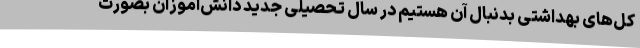
کل‌های بهداشتی بدنبال آن هستیم در سال تحصیلی جدید دانش‌آموزان بصورت